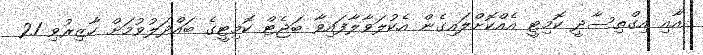
އާއި އިގްތިސާދީ ކޮމިޓީ އެއްކޮށްލައިގެން އެކުލަވާލާފައިވާ ބަޖެޓް ކޮމިޓީގެ ބައްދަލުވުމަށް ހާޒިރުވި 21